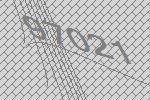
97021